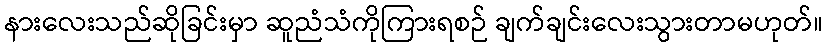
နားလေးသည်ဆိုခြင်းမှာ ဆူညံသံကိုကြားရစဉ် ချက်ချင်းလေးသွားတာမဟုတ်။